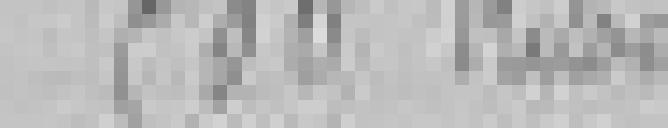
entrée : 500 kilos